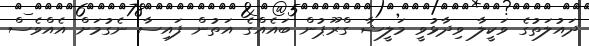
ދައުލަތުގެ ވަކީލާ ވިދާޅުވީ މަލީޝާ ގްރޫޕުން ބައެއްގެ އަތުން ފައިސާ ނެގުމަށް އެއްވެސް